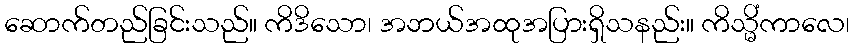
ဆောက်တည်ခြင်းသည်။ ကိဒိသော၊ အဘယ်အထုအပြားရှိသနည်း။ ကိသ္မိံကာလေ၊